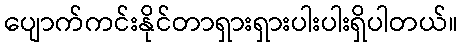
ပျောက်ကင်းနိုင်တာရှားရှားပါးပါးရှိပါတယ်။